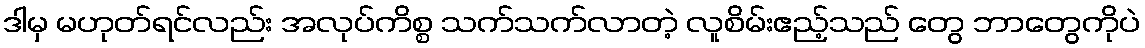
ဒါမှ မဟုတ်ရင်လည်း အလုပ်ကိစ္စ သက်သက်လာတဲ့ လူစိမ်းဧည့်သည် တွေ ဘာတွေကိုပဲ